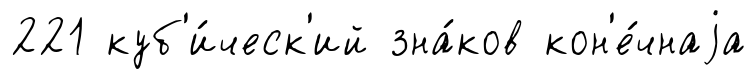
221 куб'и́ческ'ий зна́ков кон'е́чнаjа